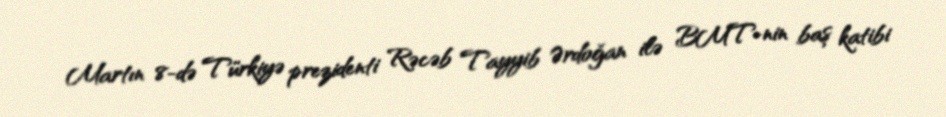
Martın 8-də Türkiyə prezidenti Rəcəb Tayyib Ərdoğan ilə BMT-nin baş katibi